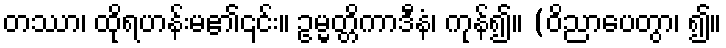
တဿာ၊ ထိုရဟန်းမ၏၎င်း။ ဥမ္မတ္တိကာဒီနံ၊ ကုန်၍။ (ဝိညာပေတွာ၊ ၍။